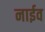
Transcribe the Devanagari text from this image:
नाईव